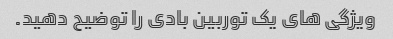
ویژگی های یک توربین بادی را توضیح دهید.